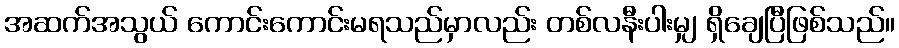
အဆက်အသွယ် ကောင်းကောင်းမရသည်မှာလည်း တစ်လနီးပါးမျှ ရှိချေပြီဖြစ်သည်။